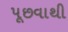
પૂછવાથી